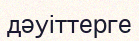
дәуіттерге